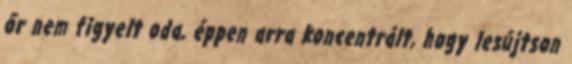
őr nem figyelt oda, éppen arra koncentrált, hogy lesújtson